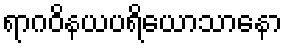
ရာဂဝိနယပရိယောသာနော